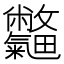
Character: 𣀽